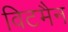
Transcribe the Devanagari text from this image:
विटमैन